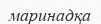
маринадқа